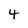
Character: 4